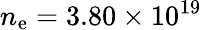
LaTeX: n_{\mathrm{e}}=3.80\times10^{19}